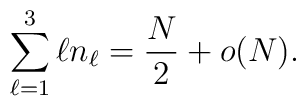
\sum_{\ell=1}^{3} \ell n_{\ell} = \frac{N}{2}+o(N) .